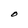
Character: O